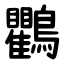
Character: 鸜